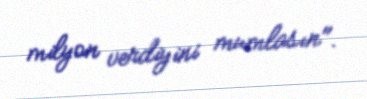
milyon verdiyini mumlasın".